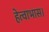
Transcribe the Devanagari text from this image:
हेत्वाभास।